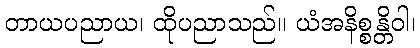
တာယပညာယ၊ ထိုပညာသည်။ ယံအနိစ္စန္တိဝါ၊